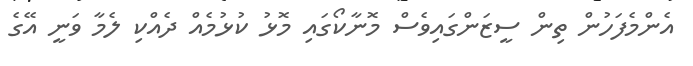
އެންމެފަހުން ތިން ސީޒަންގައިވެސް މޮނާކޯގައި މޮޅު ކުޅުމެއް ދެއްކި ލެމާ ވަނީ އޭގެ